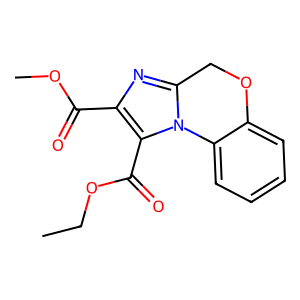
SMILES: CCOC(=O)c1c(C(=O)OC)nc2n1-c1ccccc1OC2
Inhibits HIV replication: No